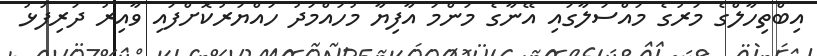
އިބްތިހާލްގެ މަރުގެ މައްސަލާގައި އޭނާގެ މަންމަ އާފިޔާ މުހައްމަދު ހައްޔަރުކޮށްފައި ވާއިރު ދަރިފުޅު